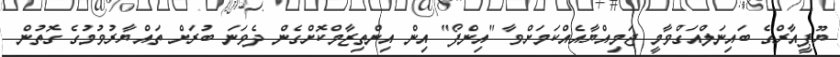
ޔޫޕީއާރްގެ ބައިނަލްއަގްވާމީ ޖަމިއްޔާއެއްކަމަށްވާ "އިންފޯ" އިން އިންތިޒާމްކޮށްގެން ދެވަނަ ބުރަށް ތައްޔާރުވުމުގެ ގޮތުން